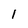
Character: 1